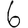
Digit: 6